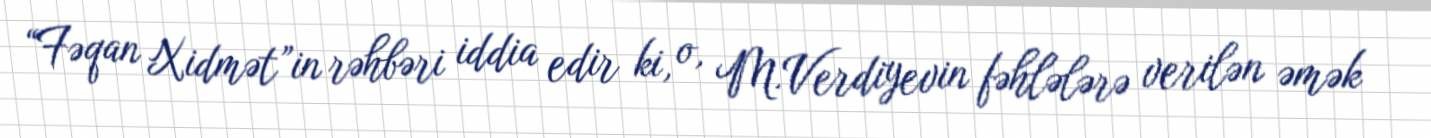
“Fəqan Xidmət”in rəhbəri iddia edir ki, o, M.Verdiyevin fəhlələrə verilən əmək